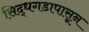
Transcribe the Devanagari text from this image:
सिद्धगडापासून